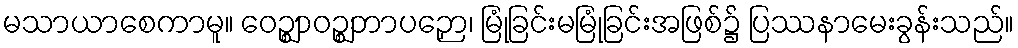
မသာယာစေကာမူ။ ဝေဉ္ဈာဝဉ္ဈဘာပဉှော၊ မြုံခြင်းမမြုံခြင်းအဖြစ်၌ ပြဿနာမေးခွန်းသည်။